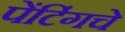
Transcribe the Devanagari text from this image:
पेंटिंगचे